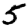
Digit: 5